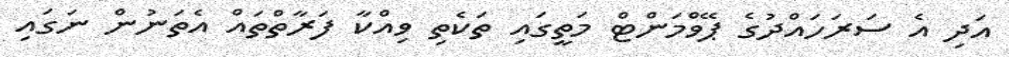
އަދި އެ ސަރަހައްދުގެ ޕޭވްމަންޓް މަތީގައި ތަކެތި ވިއްކާ ފަރާތްތައް އެތަނުން ނަގައި